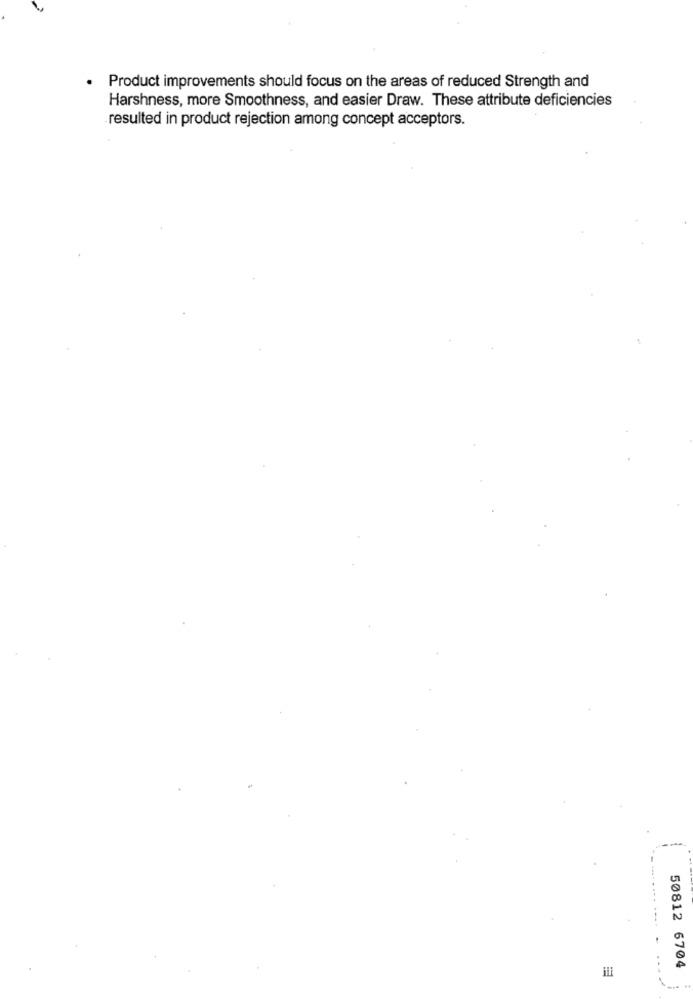
.
Product improvements should focus on the areas of reduced Strength and
Harshness, more Smoothness, and easier Draw. These attribute deficiencies
resulted in product rejection among concept acceptors.
50812 6704